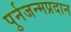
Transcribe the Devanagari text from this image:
पुर्नजन्मप्रदान